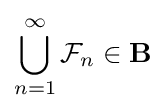
\bigcup _{n=1}^{\infty }{\mathcal {F}}_{n}\in \mathbf {B}